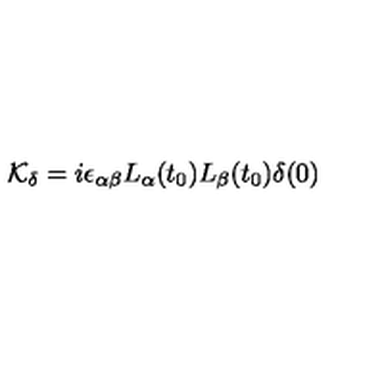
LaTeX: { \cal K } _ { \delta } = i \epsilon _ { \alpha \beta } L _ { \alpha } ( t _ { 0 } ) L _ { \beta } ( t _ { 0 } ) \delta ( 0 )